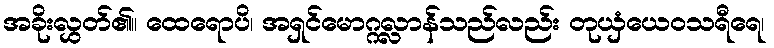
အခိုးလွှတ်၏။ ထေရောပိ၊ အရှင်မောဂ္ဂလ္လာန်သည်လည်း တုယှံယေဝသရီရေ၊